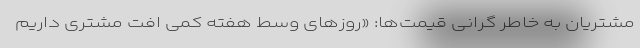
مشتریان به خاطر گرانی قیمت‌ها: «روزهای وسط هفته کمی افت مشتری داریم